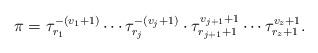
LaTeX: \begin{align*} \pi = \tau_{r_{1}}^{-(v_{1}+1)} \cdots \tau_{r_{j}}^{-(v_{j}+1)}\cdot \tau_{r_{j+1}+1}^{v_{j+1}+1}\cdots \tau_{r_{z}+1}^{v_{z}+1}.\end{align*}